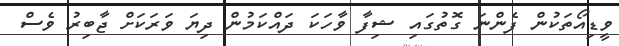
ވީޑިއޯތަކުން ފެންނަ ގޮތުގައި ޝިފާ ވާހަކަ ދައްކަމުން ދިޔަ ވަރަކަށް ޖާބިރު ވެސް